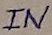
Text: IN